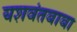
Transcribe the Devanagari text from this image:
यशवंतबाबा